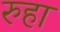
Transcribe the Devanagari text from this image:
रुहा